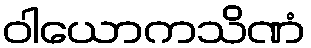
ဝါယောကသိဏံ